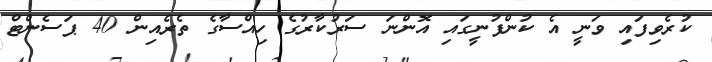
ކުރެވިފައި ވަނީ އެ ކުންފުނީގައި އޮންނަ ސަރުކާރުގެ ހިއްސާގެ ތެރެއިން 40 ޕަސެންޓް